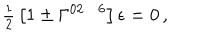
{ \textstyle \frac { 1 } { 2 } } \left[ 1 \pm \Gamma ^ { 0 2 \cdots 6 } \right] \epsilon = 0 \, ,